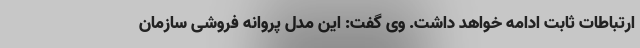
ارتباطات ثابت ادامه خواهد داشت. وی گفت: این مدل پروانه فروشی سازمان